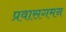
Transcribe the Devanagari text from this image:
प्रवासगमन